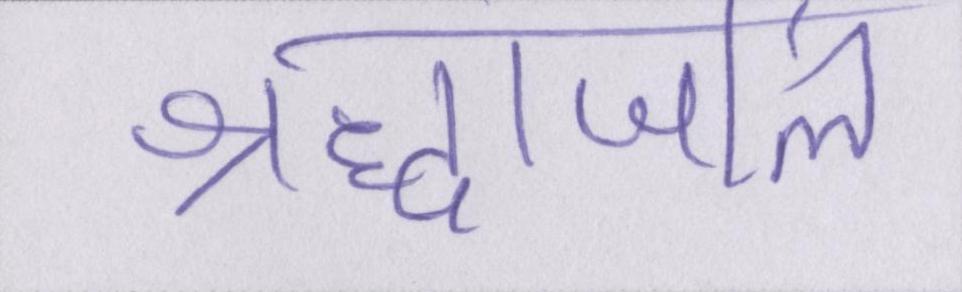
श्रद्धांजलि